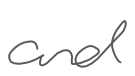
Text: and
Cross-out: clean
Writing tool: digital_gray